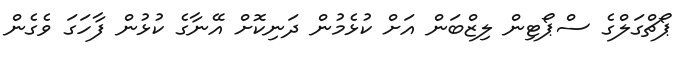
ޕޯޗްގަލްގެ ސްޕޯޓިން ލިޒްބަން އަށް ކުޅެމުން ދަނިކޮށް އޭނާގެ ކުޅުން ފާހަގަ ވެގެން